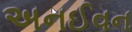
અનઈવન